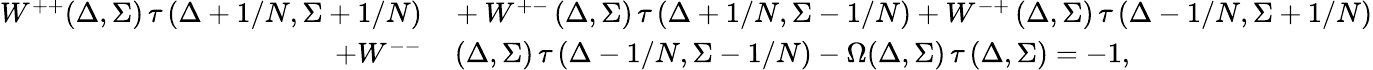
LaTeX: \begin{array}{rl}{W^{++}(\Delta,\Sigma)\thinspace\tau\left(\Delta+1/N,\Sigma+1/N\right)}&{{}+W^{+-}\thinspace(\Delta,\Sigma)\thinspace\tau\left(\Delta+1/N,\Sigma-1/N\right)+W^{-+}\thinspace(\Delta,\Sigma)\thinspace\tau\left(\Delta-1/N,\Sigma+1/N\right)}\\ {+W^{--}}&{{}\thinspace(\Delta,\Sigma)\thinspace\tau\left(\Delta-1/N,\Sigma-1/N\right)-\Omega(\Delta,\Sigma)\thinspace\tau\left(\Delta,\Sigma\right)=-1,}\end{array}